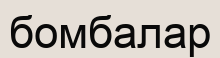
бомбалар